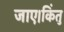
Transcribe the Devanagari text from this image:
जाए।किंतु